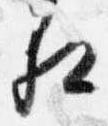
相